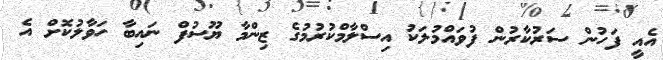
އެއީ ފަހުން ސަރުކާރުން ފުވައްމުލަކު އިސްލާމްކުރުމުގެ ޒިންމާ ޔޫސުފް ނައިބާ ހަވާލުކޮށް އެ